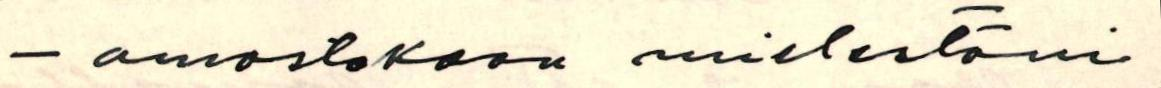
- omastakaan mielestäni